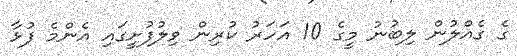
ގެ ގެއްލުން ލިބުނު މީގެ 10 އަހަރު ކުރިން ވިލުފުށީގައި އެންމެ ފުޅާ